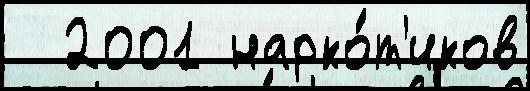
  2001 нарко́т'иков